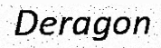
Deragon